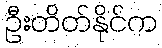
ဦးတိတ်နိုင်က